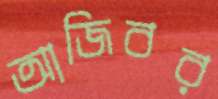
আজিবর